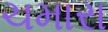
ચમારા